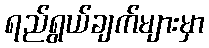
ရည်ရွယ်ချက်များမှာ